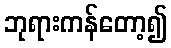
ဘုရားကန်တော့၍